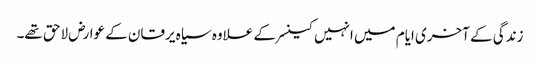
زندگی کے آخری ایام میں انہیں کینسر کے علاوہ سیاہ یرقان کے عوارض لاحق تھے۔